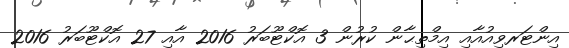
އިންޓަރވިއުއާއި އިމްތިޙާން ކުރުން 3 އޮކްޓޫބަރު 2016 އާއި 27 އޮކްޓޫބަރު 2016